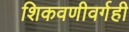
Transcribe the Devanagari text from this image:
शिकवणीवर्गही